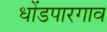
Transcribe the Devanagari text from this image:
धोंडपारगाव